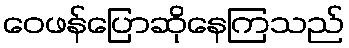
ဝေဖန်ပြောဆိုနေကြသည်